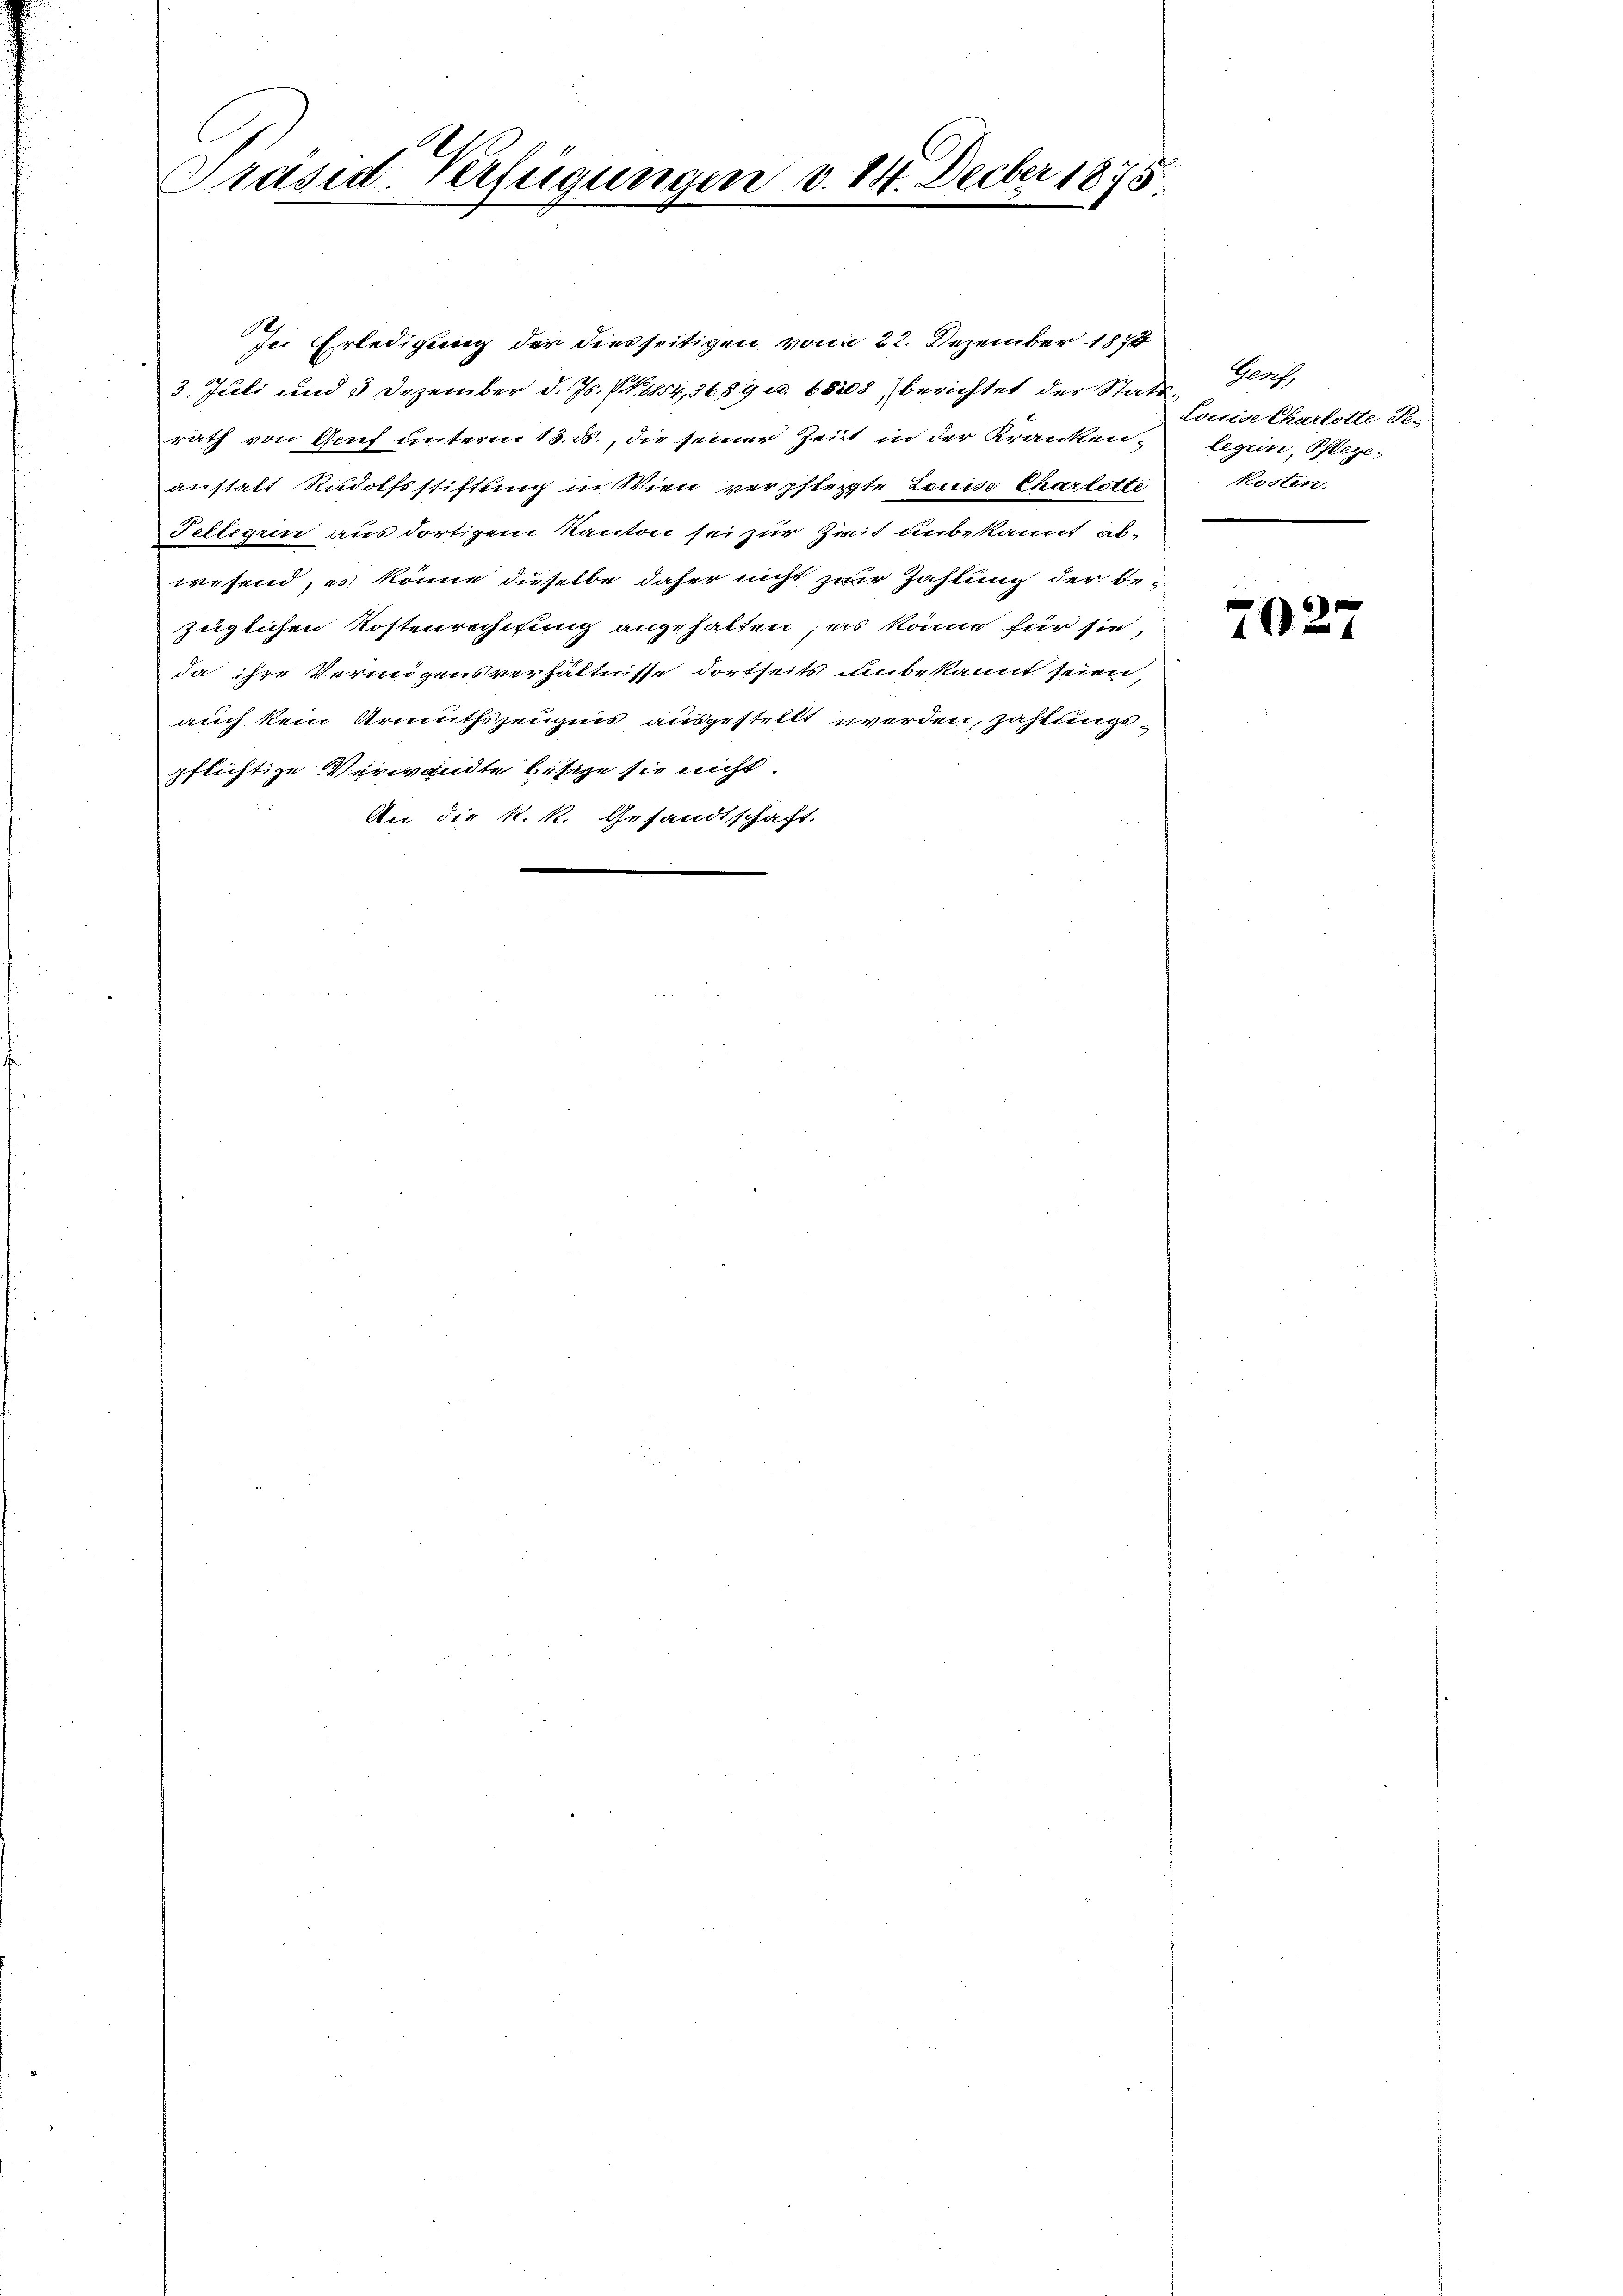
Präsid-Verfügungen v. 14. Decber 1875.

In Erledigung der diesseitigen vom 22. Dezember 1878
3. Juli und 3 Dezember d. Js. P. 1854,3689 u. 68208, berichtet der Stattrath von Gruf unterm 18. ds., die seiner Zeit in der Kranken,
anstalt Rudolfsstiftung in Wien verpflegte Louise Charlotte
Teltegrin aus dortigem Kanton sei zur Zeit unbekannt abwesend, es könne dieselbe daher nicht zur Zahlung der be-
züglichen Kostenrechnung angehalten, es könne für sie,
da ihre Vermögensverhältnisse dortseits bekannt seien,
auch kein Armuthszeugnis ausgestellt werden, zahlungspflichtige Verwandte besize sie nicht.
An die k. k. Gesandtschaft.

Genf,
Louise Charlotte Se.
legen, Pflege¬
Kosten.

7027